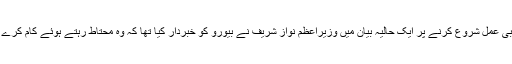
یاد رہے کہ پنجاب میں نیب کی جانب سے احتسابی عمل شروع کرنے پر ایک حالیہ بیان میں وزیراعظم نواز شریف نے بیورو کو خبردار کیا تھا کہ وہ محتاط رہتے ہوئے کام کرے بصورت دیگر ان کے ہاتھ باندھے جاسکتے ہیں۔